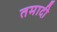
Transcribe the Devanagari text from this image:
तमादी